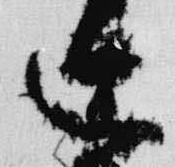
辻